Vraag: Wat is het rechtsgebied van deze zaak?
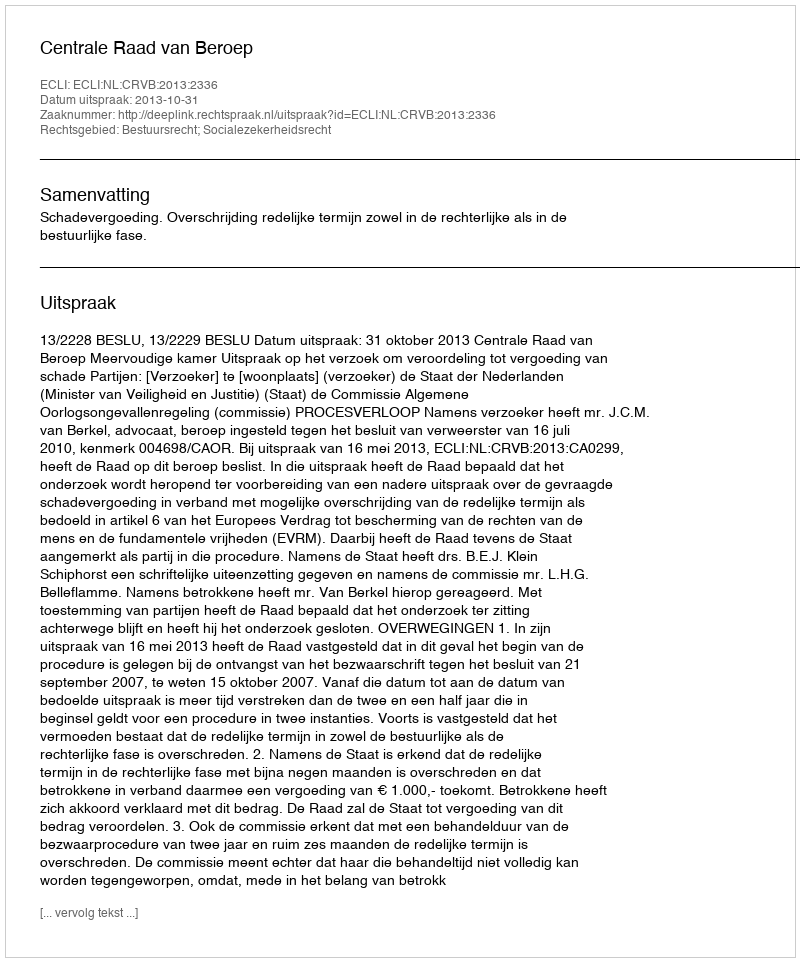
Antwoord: Bestuursrecht; Socialezekerheidsrecht